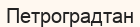
Петроградтан